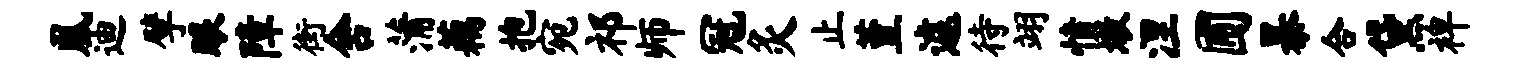
凰迪擘眼障街舍蒲藕抱宛祁师冠灸止堇遽待翊愤墩涅圃暴合黛裨